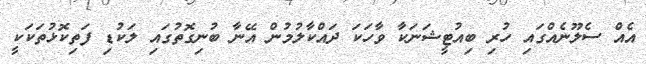
އެއް ސެލޫނެއްގައި ހުރި ބިއުޓީޝަނަކާ ވާހަކަ ދައްކާލުމުން އޭނާ ބުނިގޮތުގައި ލަކުޑި ފަތިކޮޅުތަކަކީ